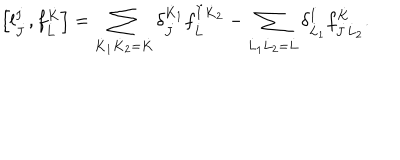
LaTeX: \left[ l _ { \dot { J } } ^ { \dot { I } } , f _ { \dot { L } } ^ { \dot { K } } \right] = \sum _ { \dot { K } _ { 1 } \dot { K } _ { 2 } = \dot { K } } \delta _ { \dot { J } } ^ { \dot { K } _ { 1 } } f _ { \dot { L } } ^ { \dot { I } \dot { K } _ { 2 } } - \sum _ { \dot { L } _ { 1 } \dot { L } _ { 2 } = \dot { L } } \delta _ { \dot { L } _ { 1 } } ^ { \dot { I } } f _ { \dot { J } \dot { L } _ { 2 } } ^ { \dot { K } } .